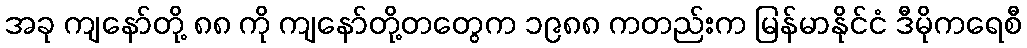
အခု ကျနော်တို့ ၈၈ ကို ကျနော်တို့တတွေက ၁၉၈၈ ကတည်းက မြန်မာနိုင်ငံ ဒီမိုကရေစီ